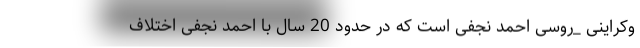
وکراینی _روسی احمد نجفی است که در حدود 20 سال با احمد نجفی اختلاف